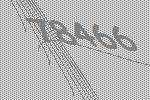
78466